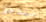
التداخل